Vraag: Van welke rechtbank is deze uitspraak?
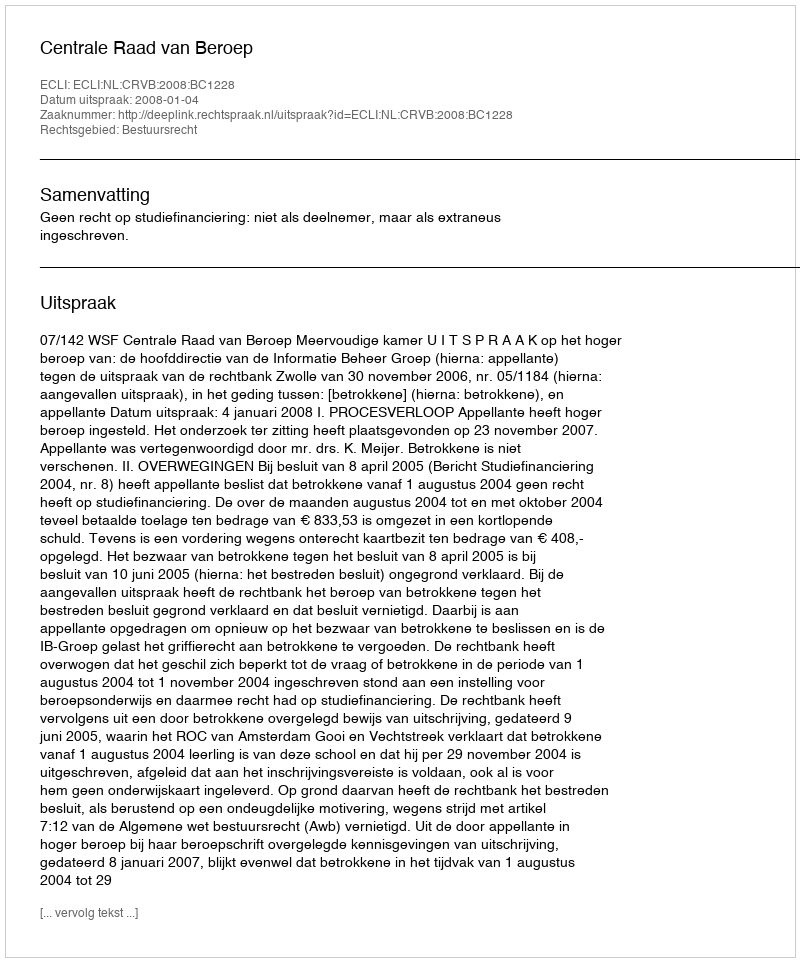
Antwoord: Centrale Raad van Beroep